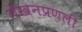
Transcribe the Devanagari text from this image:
लेखनप्रणली